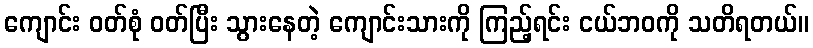
ကျောင်း ဝတ်စုံ ဝတ်ပြီး သွားနေတဲ့ ကျောင်းသားကို ကြည့်ရင်း ငယ်ဘဝကို သတိရတယ်။